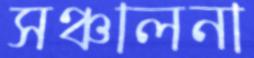
সঞ্চালনা